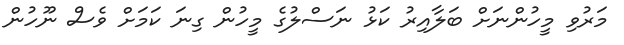
މަރުވި މީހުންނަށް ބަލާއިރު ކަޅު ނަސްލުގެ މީހުން ގިނަ ކަމަށް ވެސް ނޫހުން